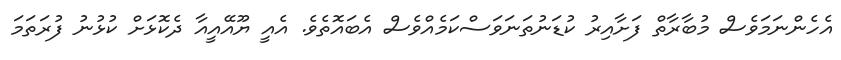
އެހެންނަމަވެސް މުބާރާތް ފަށާއިރު ކުޑަނުތަނަވަސްކަމެއްވެސް އެބައޮތެވެ. އެއީ ޔޫއޭއީއާ ދެކޮޅަށް ކުޅުނު ފުރަތަމަ